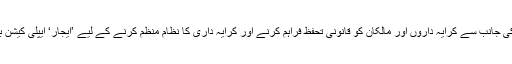
حالانکہ وزارت آباد کاری کی جانب سے کرایہ داروں اور مالکان کو قانونی تحفظ فراہم کرنے اور کرایہ داری کا نظام منظم کرنے کے لیے ’ایجار‘ ایپلی کیشن بھی متعارف کرائی گئی ہے۔